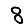
Digit: 8